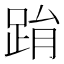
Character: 𨀮